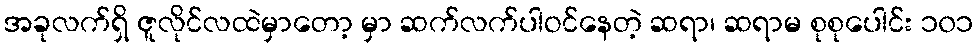
အခုလက်ရှိ ဇူလိုင်လထဲမှာတော့ မှာ ဆက်လက်ပါဝင်နေတဲ့ ဆရာ၊ ဆရာမ စုစုပေါင်း ၁၀၁